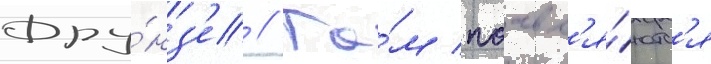
Фру́нз'е // Та́м поавл'я́ютс'я